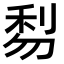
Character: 𠝯